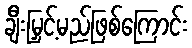
ချီးမြှင့်မည်ဖြစ်ကြောင်း